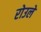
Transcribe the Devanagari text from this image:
रोउले